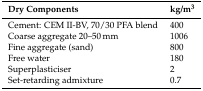
<table><thead><tr><td><b>Dry Components</b></td><td><b>kg/m<sup>3</sup></b></td></tr></thead><tbody><tr><td>Cement: CEM II-BV, 70/30 PFA blend</td><td>400</td></tr><tr><td>Coarse aggregate 20–50 mm</td><td>1006</td></tr><tr><td>Fine aggregate (sand)</td><td>800</td></tr><tr><td>Free water</td><td>180</td></tr><tr><td>Superplasticiser</td><td>2</td></tr><tr><td>Set-retarding admixture</td><td>0.7</td></tr></tbody></table>